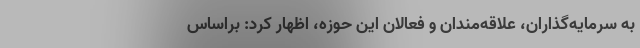
به سرمایه‌گذاران، علاقه‌مندان و فعالان این حوزه، اظهار کرد: براساس